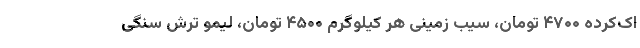
اک‌کرده ۴۷۰۰ تومان، سیب زمینی هر کیلوگرم ۴۵۰۰ تومان، لیمو تُرش سنگی